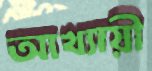
আখ্যায়ী